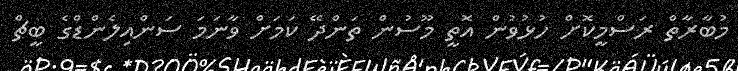
މުބާރާތް ރަސްމީކޮށް ހުޅުވުން އޮތީ މޫސުން ތަންދޭ ކަމަށް ވާނަމަ ސަންއިލެންޑްގެ ބީޗް